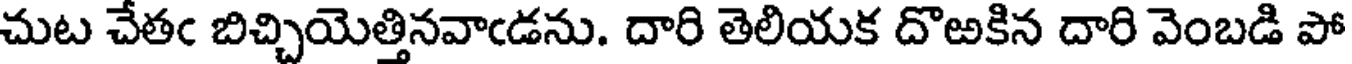
చుట చేతఁ బిచ్చియెత్తినవాఁడను. దారి తెలియక దొఱకిన దారి వెంబడి పో